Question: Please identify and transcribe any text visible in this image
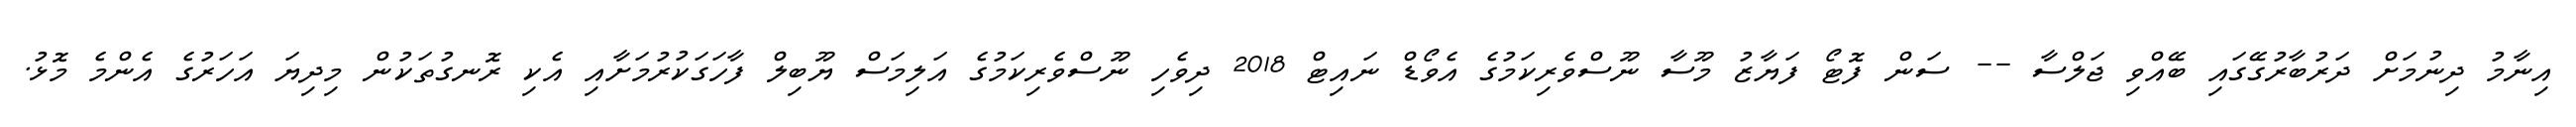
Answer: އިނާމު ދިނުމަށް ދަރުބާރުގޭގައި ބޭއްވި ޖަލްސާ -- ސަން ފޮޓޯ ފަޔާޒު މޫސާ ނޫސްވެރިކަމުގެ އެވޯޑް ނައިޓް 2018 ދިވެހި ނޫސްވެރިކަމުގެ އަލިމަސް ޔޫބިލް ފާހަގަކުރުމަށާއި އެކި ރޮނގުތަކުން މިދިޔަ އަހަރުގެ އެންމެ މޮޅު.